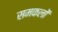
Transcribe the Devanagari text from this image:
समकलों